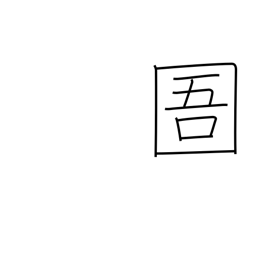
Meaning: prison